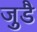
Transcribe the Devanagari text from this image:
जुडै